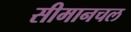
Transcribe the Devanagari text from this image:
सीमानचल